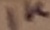
Text: 1K